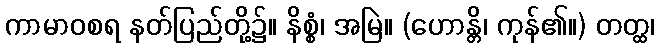
ကာမာဝစရ နတ်ပြည်တို့၌။ နိစ္စံ၊ အမြဲ။ (ဟောန္တိ၊ ကုန်၏။) တတ္ထ၊